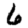
Digit: 6